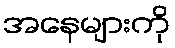
အနေများကို